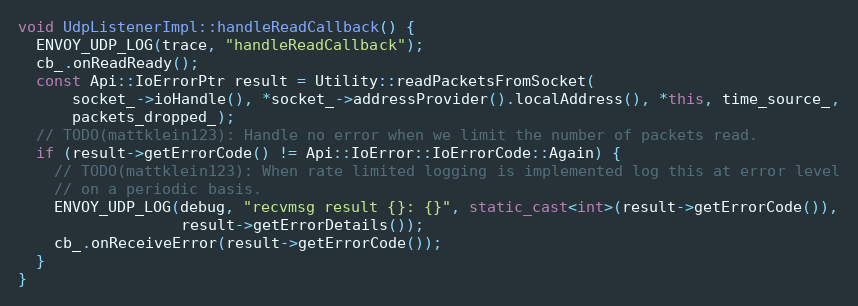
Language: C++
void UdpListenerImpl::handleReadCallback() {
  ENVOY_UDP_LOG(trace, "handleReadCallback");
  cb_.onReadReady();
  const Api::IoErrorPtr result = Utility::readPacketsFromSocket(
      socket_->ioHandle(), *socket_->addressProvider().localAddress(), *this, time_source_,
      packets_dropped_);
  // TODO(mattklein123): Handle no error when we limit the number of packets read.
  if (result->getErrorCode() != Api::IoError::IoErrorCode::Again) {
    // TODO(mattklein123): When rate limited logging is implemented log this at error level
    // on a periodic basis.
    ENVOY_UDP_LOG(debug, "recvmsg result {}: {}", static_cast<int>(result->getErrorCode()),
                  result->getErrorDetails());
    cb_.onReceiveError(result->getErrorCode());
  }
}